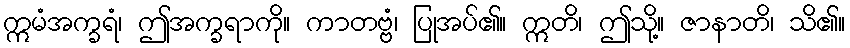
ဣမံအက္ခရံ၊ ဤအက္ခရာကို။ ကာတဗ္ဗံ၊ ပြုအပ်၏။ ဣတိ၊ ဤသို့။ ဇာနာတိ၊ သိ၏။